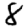
Digit: 8